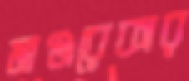
মাঞ্জরেকার